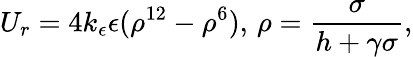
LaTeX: U_{r}=4k_{\epsilon}\epsilon(\rho^{12}-\rho^{6}),\, \rho=\frac{\sigma}{h+\gamma\sigma},